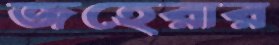
জহেরার